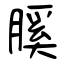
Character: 膎